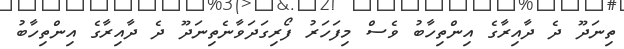
ތިނަދޫ ދެ ދާއިރާގެ އިންތިހާބު ވެސް މިފަހަރު ފޯރިގަދަވާނެތިނަދޫ ދެ ދާއިރާގެ އިންތިހާބު